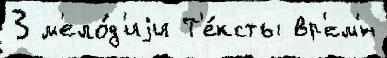
3 м'ело́д'иjи Т'е́ксты вр'ем'́н